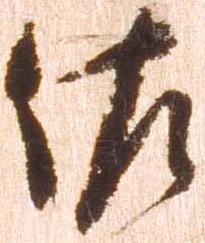
佐